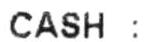
CASH :